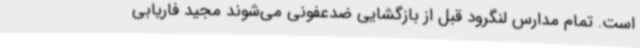
است. تمام مدارس لنگرود قبل از بازگشایی ضدعفونی می‌شوند مجید فاریابی